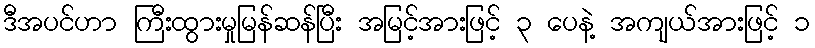
ဒီအပင်ဟာ ကြီးထွားမှုမြန်ဆန်ပြီး အမြင့်အားဖြင့် ၃ ပေနဲ့ အကျယ်အားဖြင့် ၁